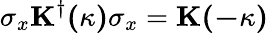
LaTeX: \sigma_{x}\mathbf{K^{\dagger}(\kappa)}\sigma_{x}=\mathbf{K(-\kappa)}